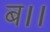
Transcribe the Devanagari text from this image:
ब।।